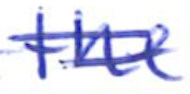
Text: the
Cross-out: double-line
Writing tool: ballpoint